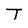
Character: T